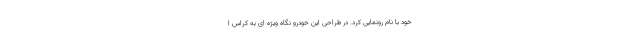
خود با نام رونمایی کرد. در طراحی این خودرو نگاه ویژه ای به کراس ا